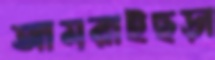
আমরাইছড়া